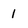
Character: l